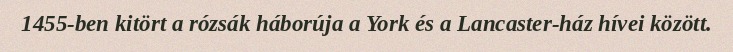
1455-ben kitört a rózsák háborúja a York és a Lancaster-ház hívei között.